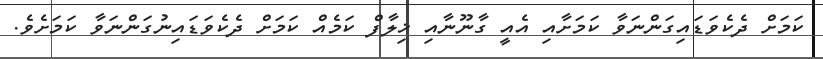
ކަމަށް ދެކެވަޑައިގަންނަވާ ކަމަށާއި އެއީ ގާނޫނާއި ޚިލާފް ކަމެއް ކަމަށް ދެކެވަޑައިނުގަންނަވާ ކަމަށެވެ.